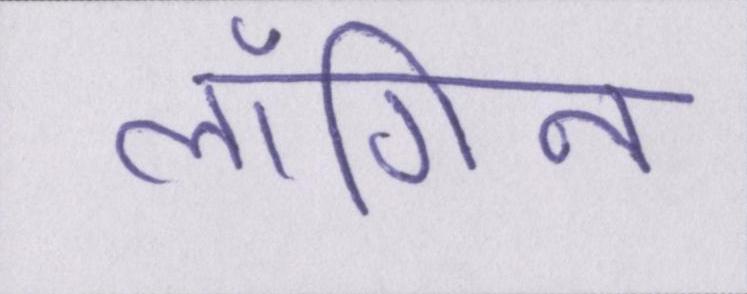
लॉगिन